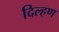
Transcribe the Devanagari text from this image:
दिल्हण